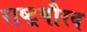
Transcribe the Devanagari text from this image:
राष्‍ट्रगौरव